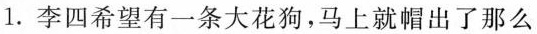
1.李四希望有一条大花狗，马上就帽出了那么